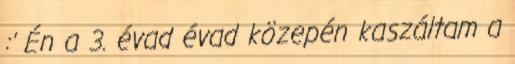
:' Én a 3. évad évad közepén kaszáltam a